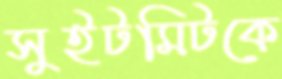
সুইটমিটকে